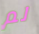
لم